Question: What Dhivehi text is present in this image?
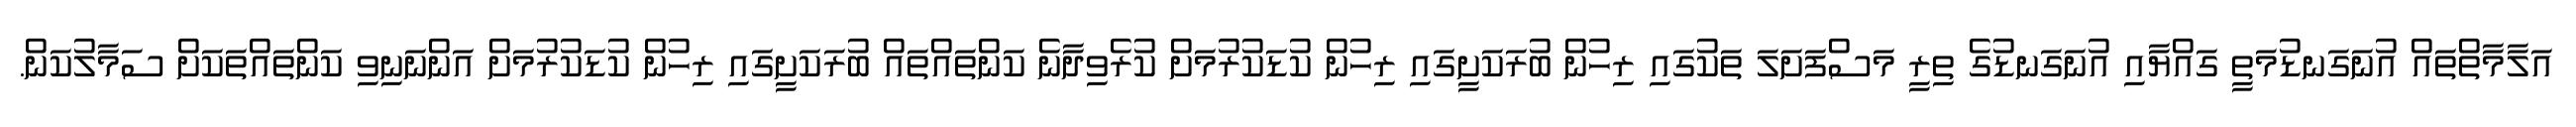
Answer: އަލާމާތްތައް އުނަގަނޑުމަތީ ގައްޔާއި އުނަގަނޑުގެ ތިރީ މަސްފަށަލަ ތަކުގައި ރިހުން ބުރަކަށީގައި ރިހުން ކުޑަކުރުމަށް ކުރެވިދާނެ ކަންތައްތައް ބުރަކަށީގައި ރިހުން ކުޑަކުރުމަށް އަންނަނިވި ކަންތައްތަކަށް ސަމާލުކަން.